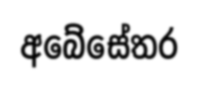
අබේසේතර